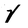
Character: V